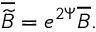
\overline { { { \widetilde { B } } } } = e ^ { 2 \Psi } \overline { { { B } } } .